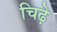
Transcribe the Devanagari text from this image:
चिढ़े